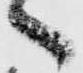
へ